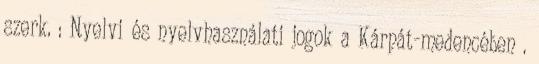
szerk. : Nyelvi és nyelvhasználati jogok a Kárpát-medencében .